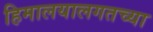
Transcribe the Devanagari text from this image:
हिमालयालगतच्या